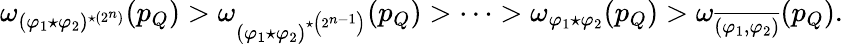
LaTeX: \omega_{(\varphi_{1}\star\varphi_{2})^{\star(2^{n})}}(p_{Q})>\omega_{(\varphi_{1}\star\varphi_{2})^{\star\left(2^{n-1}\right)}}(p_{Q})>\cdots>\omega_{\varphi_{1}\star\varphi_{2}}(p_{Q})>\omega_{\overline{{(\varphi_{1},\varphi_{2})}}}(p_{Q}).